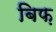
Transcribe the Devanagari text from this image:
बिफ़